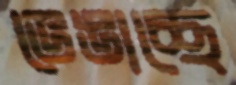
ভেঙাচ্ছে